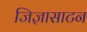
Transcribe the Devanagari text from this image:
जिज्ञासाटन